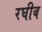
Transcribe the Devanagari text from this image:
रघीब